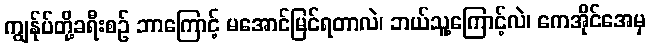
ကျွန်ုပ်တို့ခရီးစဉ် ဘာကြောင့် မအောင်မြင်ရတာလဲ၊ ဘယ်သူ့ကြောင့်လဲ၊ ကေအိုင်အေမှ